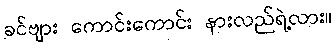
ခင်ဗျား ကောင်းကောင်း နားလည်ရဲ့လား။